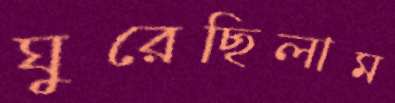
ঘুরেছিলাম